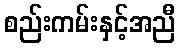
စည်းကမ်းနှင့်အညီ